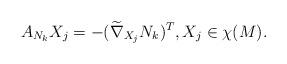
LaTeX: \begin{align*}A_{N_{k}}X_{j}=-(\widetilde{\nabla }_{X_{j}}N_{k})^{T},X_{j}\in \chi (M). \end{align*}